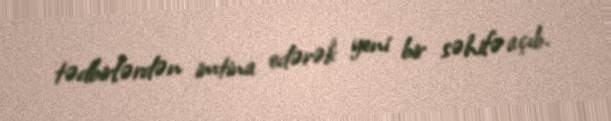
tədbirlərdən imtina edərək yeni bir səhifə açıb.